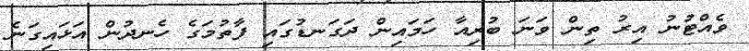
ވެއްޓުނު އިރު ތިން ވަނަ ބުރިއާ ހަމައިން ދަގަނޑުގައި ފާތުމަގެ ހެނދުން އަޅައިގަނެ